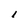
Character: i